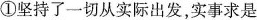
①坚持了一切从实际出发，实事求是